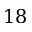
1 8